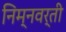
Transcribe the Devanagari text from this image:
निम्नवर्ती